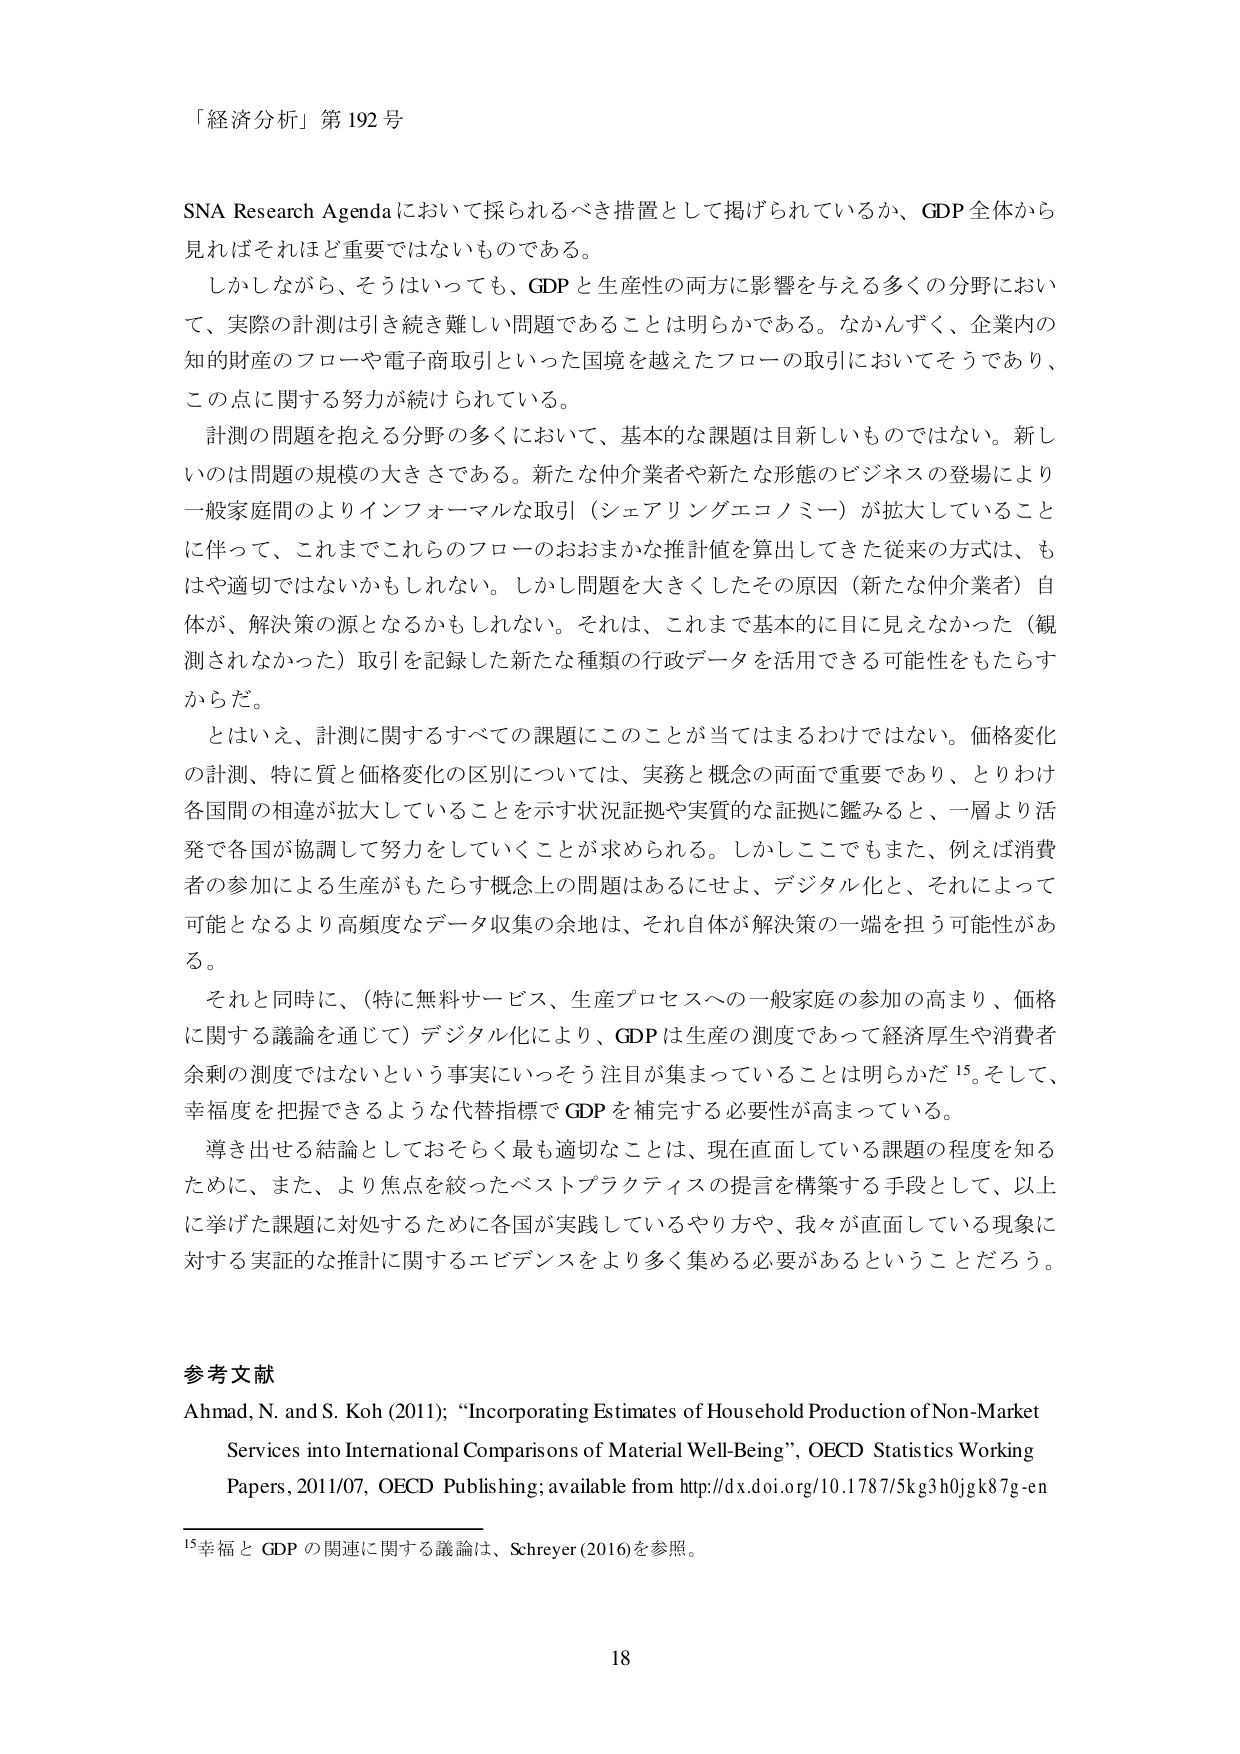
「経済分析」第192号

SNA Research Agendaにおいて採られるべき措置として掲げられているか、GDP全体から見ればそれほど重要ではないものである。

しかしながら、そうはいっても、GDPと生産性の両方に影響を与える多くの分野において、実際の計測は引き続き難しい問題であることは明らかである。なかんずく、企業内の知的財産のフローや電子商取引といった国境を越えたフローの取引においてそうであり、この点に関する努力が続けられている。

計測の問題を抱える分野の多くにおいて、基本的な課題は目新しいものではない。新しいのは問題の規模の大きさである。新たな仲介業者や新たな形態のビジネスの登場により一般家庭間のよりインフォーマルな取引（シェアリングエコノミー）が拡大していることに伴って、これまでこれらのフローのおおまかな推計値を算出してきた従来の方式は、もはや適切ではないかもしれない。しかし問題を大きくしたその原因（新たな仲介業者）自体が、解決策の源となるかもしれない。それは、これまで基本的に目に見えなかった（観測されなかった）取引を記録した新たな種類の行政データを活用できる可能性をもたらすからだ。

とはいえ、計測に関するすべての課題にこのことが当てはまるわけではない。価格変化の計測、特に質と価格変化の区別については、実務と概念の両面で重要であり、とりわけ各国間の相違が拡大していることを示す状況証拠や実質的な証拠に鑑みると、一層より活発で各国が協調して努力をしていくことが求められる。しかしここでもまた、例えば消費者の参加による生産がもたらす概念上の問題はあるにせよ、デジタル化と、それによって可能となるより高頻度なデータ収集の余地は、それ自体が解決策の一端を担う可能性がある。

それと同時に、（特に無料サービス、生産プロセスへの一般家庭の参加の高まり、価格に関する議論を通じて）デジタル化により、GDPは生産の測度であって経済厚生や消費者余剰の測度ではないという事実にいっそう注目が集まっていることは明らかだ¹⁵。そして、幸福度を把握できるような代替指標でGDPを補完する必要性が高まっている。

導き出せる結論としておそらく最も適切なことは、現在直面している課題の程度を知るために、また、より焦点を絞ったベストプラクティスの提言を構築する手段として、以上に挙げた課題に対処するために各国が実践しているやり方や、我々が直面している現象に対する実証的な推計に関するエビデンスをより多く集める必要があるということだろう。

参考文献
Ahmad, N. and S. Koh (2011); “Incorporating Estimates of Household Production of Non-Market Services into International Comparisons of Material Well-Being”, OECD Statistics Working Papers, 2011/07, OECD Publishing; available from http://dx.doi.org/10.1787/5kg3h0jgk87g-en

¹⁵幸福とGDPの関連に関する議論は、Schreyer (2016)を参照。

18